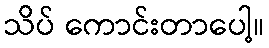
သိပ် ကောင်းတာပေါ့။